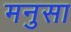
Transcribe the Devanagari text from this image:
मनुसा